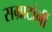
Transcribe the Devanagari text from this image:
सम्राटांनीं